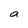
Character: a